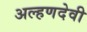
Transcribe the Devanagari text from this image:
अल्हणदेवी